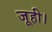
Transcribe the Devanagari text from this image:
जूही।